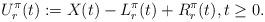
LaTeX: \begin{align*}U_r^{\pi}(t) := X(t) - L_r^{\pi}(t) + R_r^{\pi}(t), t \geq 0.\end{align*}